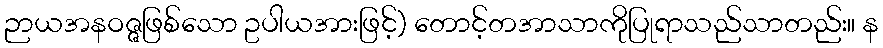
ဉာယအနဝဇ္ဇဖြစ်သော ဥပါယအားဖြင့်) တောင့်တအာသာကိုပြုရာသည်သာတည်း။ န